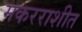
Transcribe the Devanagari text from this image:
मकरराशीत